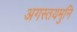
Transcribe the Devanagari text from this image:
अगस्तयमुनि